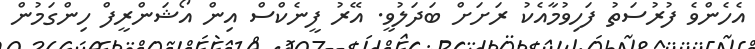
އެހެންވެ ފުރުސަތު ފަހިވުމާއެކު ރަށަށް ބަދަލުވީ. އޭރު ފީނެކްސް އިން އޯޝަންރީފް ހިންގަމުން